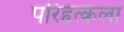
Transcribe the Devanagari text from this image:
परिहृत्कला